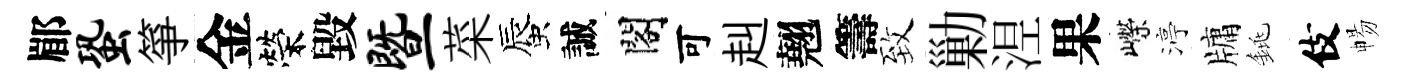
郿蛩箏金榮毀暨菜蜃誠閣可赳翹籌致勦𣵀果嶸渟牗銚伎暢